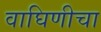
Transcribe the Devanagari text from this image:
वाघिणीचा